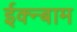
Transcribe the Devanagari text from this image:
ईक्न्बाम